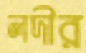
লদীর